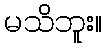
မသိဘူး။